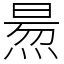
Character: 𤋁